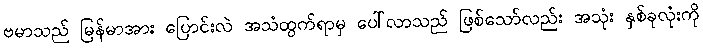
ဗမာသည် မြန်မာအား ပြောင်းလဲ အသံထွက်ရာမှ ပေါ်လာသည် ဖြစ်သော်လည်း အသုံး နှစ်ခုလုံးကို